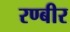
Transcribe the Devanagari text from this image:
रण्बीर